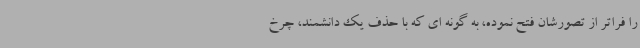
را فراتر از تصورشان فتح نموده، به گونه ای که با حذف یک دانشمند، چرخ